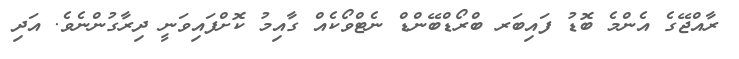
ރާއްޖޭގެ އެންމެ ބޮޑު ފައިބަރ ބްރޯޑްބޭންޑް ނެޓްވޯކެއް ގާއިމު ކޮށްފައިވަނީ ދިރާގުންނެވެ. އަދި